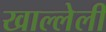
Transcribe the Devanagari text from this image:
खाल्लेली